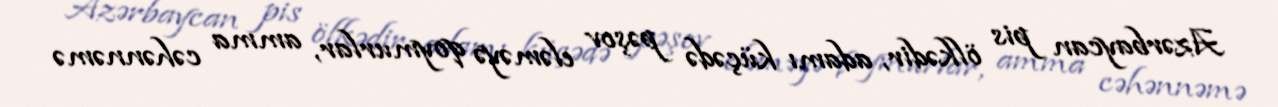
Azərbaycan pis ölkədir, adamı küçədə pəşov eləməyə qoymurlar, amma cəhənnəmə